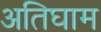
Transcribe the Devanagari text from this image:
अतिघाम